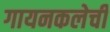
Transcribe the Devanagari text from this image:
गायनकलेची